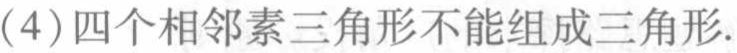
(4) 四个相邻素三角形不能组成三角形.